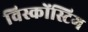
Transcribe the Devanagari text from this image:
विस्कोंस्टिग